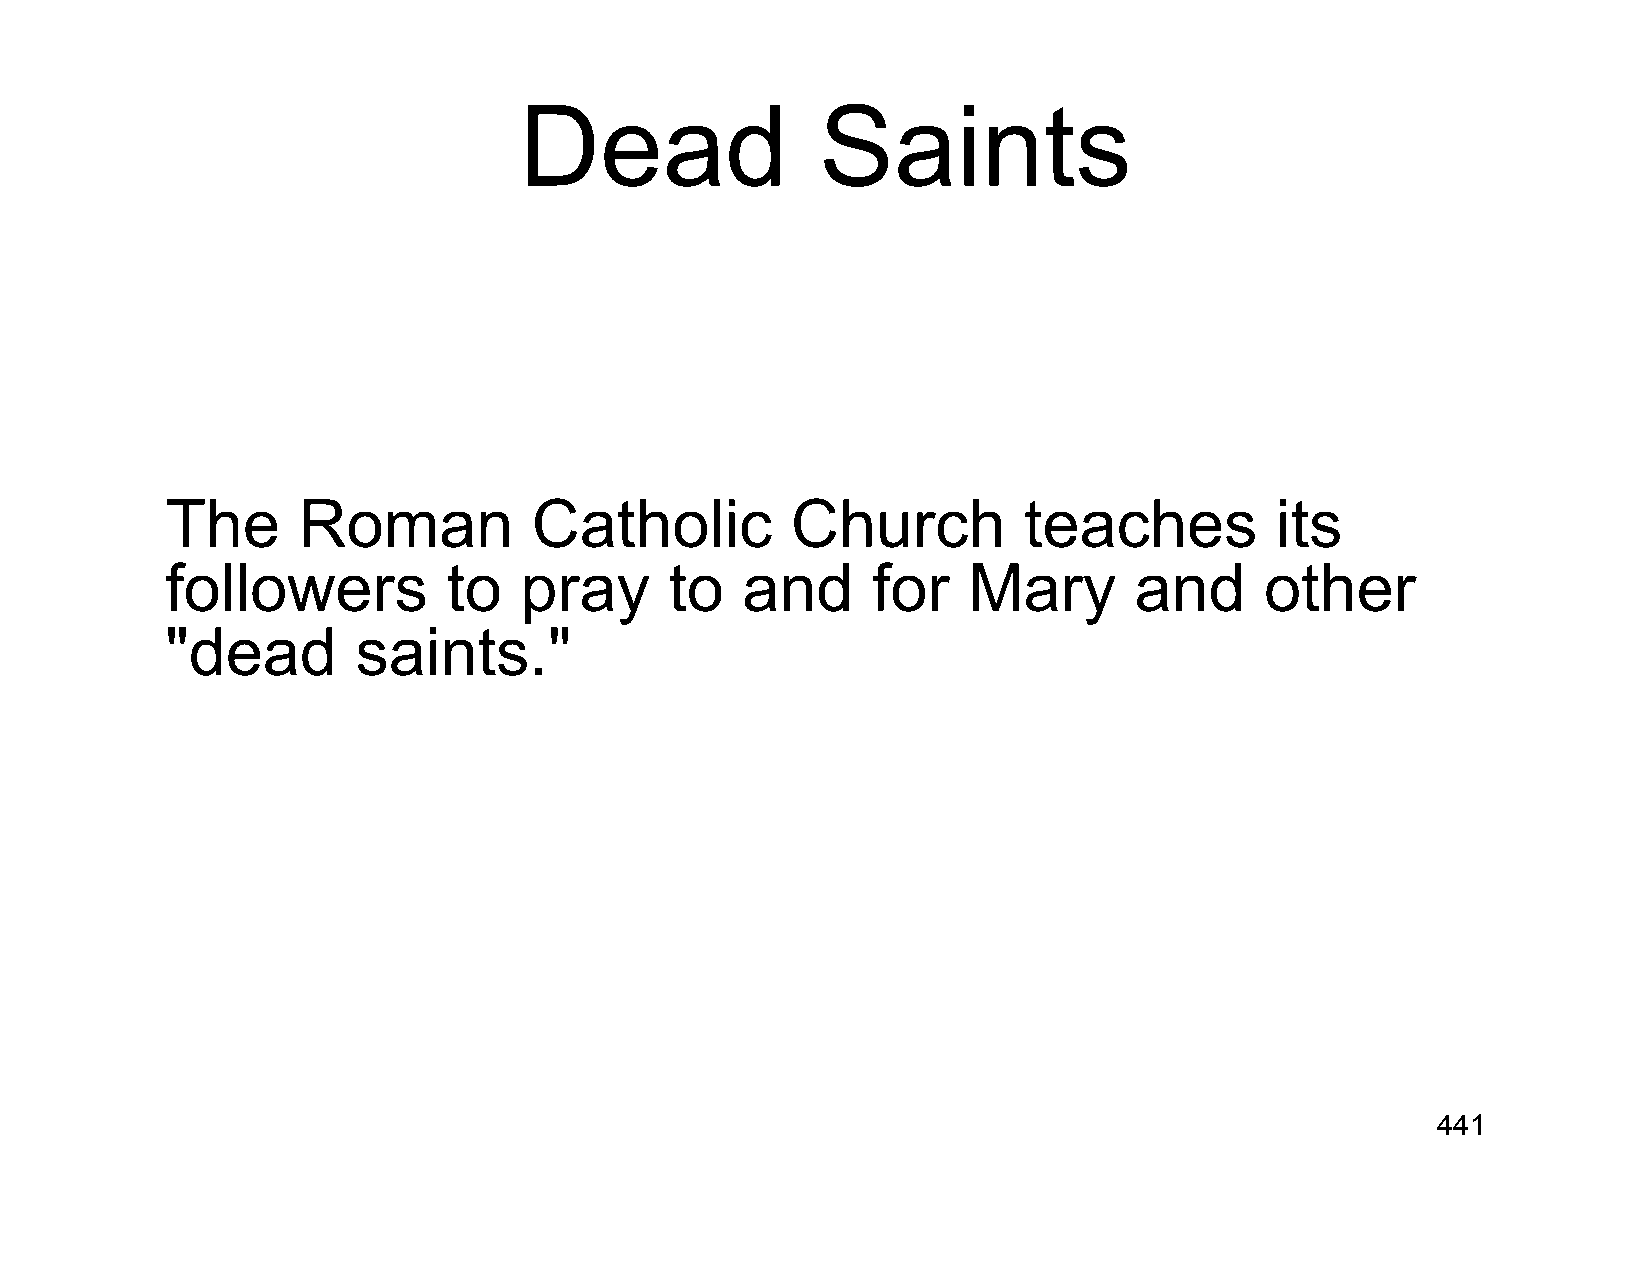
Dead                Saints
 The      Roman          Catholic         Church          teaches         its
 followers          to  pray      to   and      for   Mary       and      other
 "dead        saints."
 441